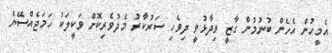
އެމީހުން އެހެން ބުނުމުން ގާޒީ ވިދާޅުވީ ދިވެހި ސަރުކާރު މެދުވެރިކޮށް ވަކީލަކު ހަމަޖެއްސޭނެ